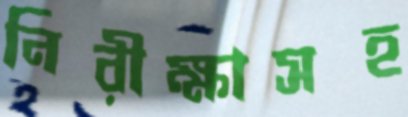
নিরীক্ষাসহ